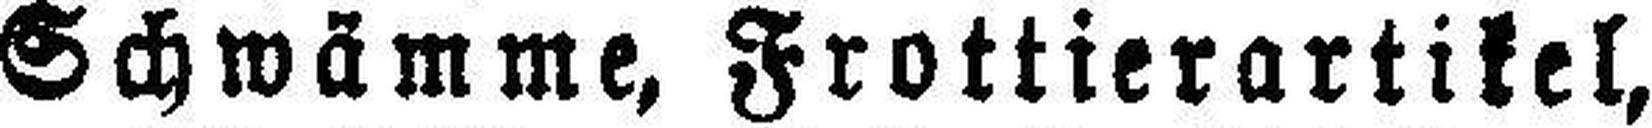
Schwämme, Frottierartikel,